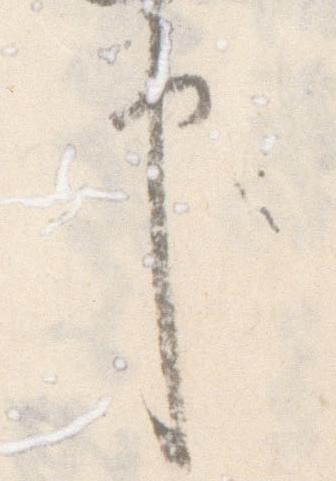
申